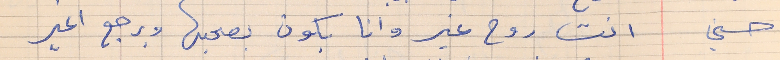
حسني    انت روح غير وانا بكون بصحبها ويرجع اغير